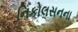
નિકોલસનના